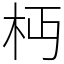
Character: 𣏜